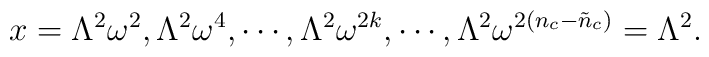
x = \Lambda^2 \omega^2, \Lambda^2 \omega^{4}, \cdots,                  \Lambda^2 \omega^{2k}, \cdots,                  \Lambda^2 \omega^{2(n_{c}-\tilde{n}_{c})}=\Lambda^2  .